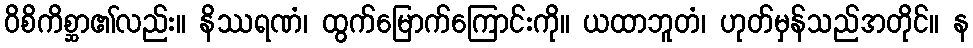
ဝိစိကိစ္ဆာ၏လည်း။ နိဿရဏံ၊ ထွက်မြောက်ကြောင်းကို။ ယထာဘူတံ၊ ဟုတ်မှန်သည်အတိုင်။ န